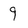
Character: 9